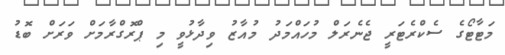
މަޓާޓޯގެ ސެކްރެޓަރީ ޖެނެރަލް މުހައްމަދު މުއާޒު ވިދާޅުވީ މި ޕްރޮގްރާމަށް ވަރަށް ބޮޑު